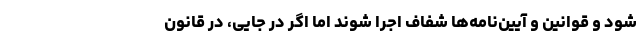
شود و قوانین و آیین‌نامه‌ها شفاف اجرا شوند اما اگر در جایی، در قانون